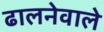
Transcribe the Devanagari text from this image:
ढालनेवाले